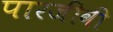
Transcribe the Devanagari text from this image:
पारजीवी